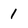
Character: 1